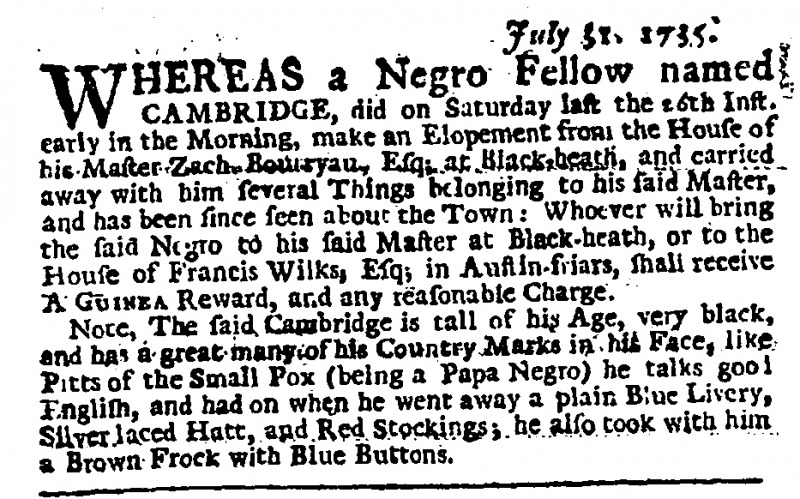
Daily Journal, 31 July 1735 (England)
                              July 31, 1735.WHEREAS a Negro Fellow named CAMBRIDGE, did on Saturday last the 26th Inst. early in the Morning, make an Elopement from the House of his Master Zach Bouryau, Esq; at Black-heath, and carried away with him several Things belonging to his said Master, and has been since seen about the Town: Whoever will bring the said Negro to his said Master at Black-heath, or to the House of Francis Wilks, Esq; in Austin-friars, shall receive A GUINEA Reward, and any reasonable Charge.  Note, The said Cambridge is tall of his Age, very black, and has a great many of his Country Marks in his Face, like Pitts of the Small Pox (being a Papa Negro) he talks good English, and had on when he went away a plain Blue Livery, Silver laced Hatt, and Red Stockings; he also took with him a Brown Frock with Blue Buttons.